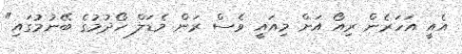
އެއީ އަހަރެން ރިއޯ އަށް މިއައީ ވެސް ރަން މެޑަލް ހޯދުމުގެ ބޭނުމުގައި"